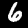
Digit: 6